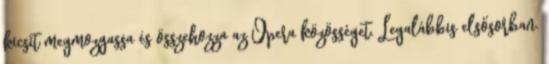
kicsit megmozgassa és összehozza az Opera közösséget. Legalábbis elsősorban.